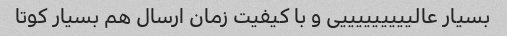
بسیار عالیییییییییی و با کیفیت زمان ارسال هم بسیار کوتا